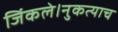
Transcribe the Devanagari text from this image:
जिंकले।नुकत्याच